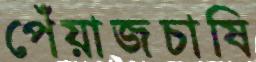
পেঁয়াজচাষি